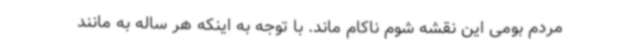
مردم بومی این نقشه شوم ناکام ماند. با توجه به اینکه هر ساله به مانند